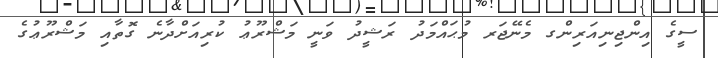
ސީގެ އިންޖިނިއަރިންގ މެނޭޖަރ މުޙައްމަދު ރަޝީދު ވަނީ މަޝްރޫޢު ކުރިއަށްދާނެ ގޮތާއި މަޝްރޫޢުގެ